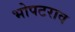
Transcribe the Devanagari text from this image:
भोपटराव